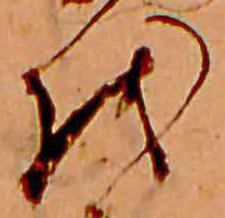
お